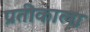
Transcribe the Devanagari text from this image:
प्रतीकाला